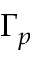
\Gamma _ { p }